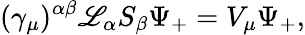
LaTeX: (\gamma_{\mu})^{\alpha\beta}\mathscr{L}_{\alpha}S_{\beta}\Psi_{+}=V_{\mu}\Psi_{+},